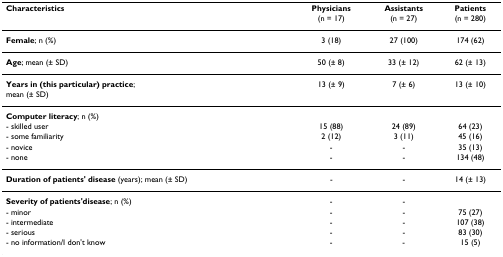
<table><thead><tr><td><b>Characteristics</b></td><td><b>Physicians(n = 17)</b></td><td><b>Assistants(n = 27)</b></td><td><b>Patients(n = 280)</b></td></tr></thead><tbody><tr><td><b>Female</b>; n (%)</td><td>3 (18)</td><td>27 (100)</td><td>174 (62)</td></tr><tr><td><b>Age</b>; mean (± SD)</td><td>50 (± 8)</td><td>33 (± 12)</td><td>62 (± 13)</td></tr><tr><td><b>Years in (this particular) practice</b>;mean (± SD)</td><td>13 (± 9)</td><td>7 (± 6)</td><td>13 (± 10)</td></tr><tr><td><b>Computer literacy</b>; n (%)</td><td></td><td></td><td></td></tr><tr><td>- skilled user</td><td>15 (88)</td><td>24 (89)</td><td>64 (23)</td></tr><tr><td>- some familiarity</td><td>2 (12)</td><td>3 (11)</td><td>45 (16)</td></tr><tr><td>- novice</td><td>-</td><td>-</td><td>35 (13)</td></tr><tr><td>- none</td><td>-</td><td>-</td><td>134 (48)</td></tr><tr><td><b>Duration of patients&#x27; disease </b>(years); mean (± SD)</td><td>-</td><td>-</td><td>14 (± 13)</td></tr><tr><td><b>Severity of patients&#x27;disease</b>; n (%)</td><td>-</td><td>-</td><td></td></tr><tr><td>- minor</td><td>-</td><td>-</td><td>75 (27)</td></tr><tr><td>- intermediate</td><td>-</td><td>-</td><td>107 (38)</td></tr><tr><td>- serious</td><td>-</td><td>-</td><td>83 (30)</td></tr><tr><td>- no information/I don&#x27;t know</td><td>-</td><td>-</td><td>15 (5)</td></tr></tbody></table>